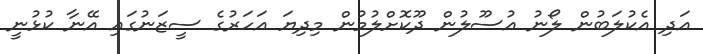
އަދި އެކުލަބުން ލޯނު އުސޫލުން ދޫކޮށްލުމުން މިދިޔަ އަހަރުގެ ސީޒަނުގައި އޭނާ ކުޅުނީ